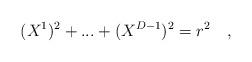
LaTeX: \begin{align*}(X^{1})^{2} + ... + (X^{D-1})^2 = r^{2}\quad , \end{align*}